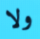
ولا